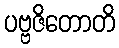
ပဗ္ဗဇိတောတိ